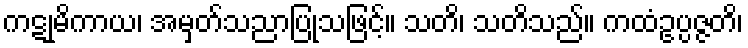
ကဋုမိကာယ၊ အမှတ်သညာပြုသဖြင့်။ သတိ၊ သတိသည်။ ကထံဥပ္ပဇ္ဇတိ၊